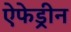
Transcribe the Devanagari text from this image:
ऐफेड्रीन